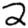
Digit: 2